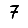
Digit: 7